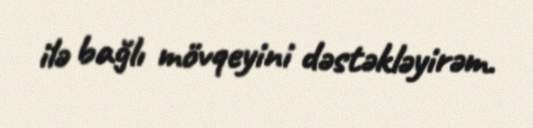
ilə bağlı mövqeyini dəstəkləyirəm.